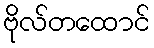
ဗိုလ်တထောင်